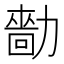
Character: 𠢳